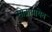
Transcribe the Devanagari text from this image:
सोब्रापायेव